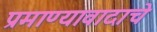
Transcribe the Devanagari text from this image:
प्रमाण्यावादाचे